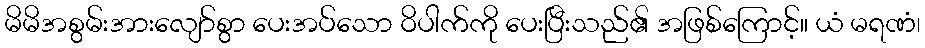
မိမိအစွမ်းအားလျော်စွာ ပေးအပ်သော ဝိပါက်ကို ပေးပြီးသည်၏ အဖြစ်ကြောင့်။ ယံ မရဏံ၊